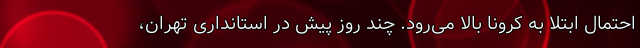
احتمال ابتلا به کرونا بالا می‌رود. چند روز پیش در استانداری تهران،